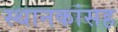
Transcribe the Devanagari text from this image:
स्थानकांसह